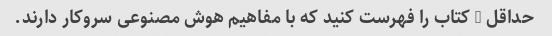
حداقل 5 کتاب را فهرست کنید که با مفاهیم هوش مصنوعی سروکار دارند.